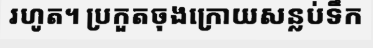
រហូត។ ប្រកួតចុងក្រោយសន្លប់ទឹក